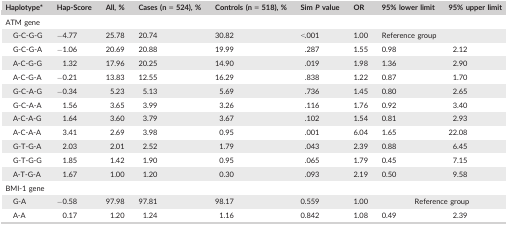
| Haplotypea | Hap‐Score | All, % | Cases (n = 524), % | Controls (n = 518), % | Sim P value | OR | 95% lower limit | 95% upper limit |
 | --- | --- | --- | --- | --- | --- | --- | --- | --- |
 | <COLSPAN=9> ATM gene |
 | G‐C‐G‐G | −4.77 | 25.78 | 20.74 | 30.82 | <.001 | 1.00 | <COLSPAN=2> Reference group |
 | G‐C‐G‐A | −1.06 | 20.69 | 20.88 | 19.99 | .287 | 1.55 | 0.98 | 2.12 |
 | A‐C‐G‐G | 1.32 | 17.96 | 20.25 | 14.90 | .019 | 1.98 | 1.36 | 2.90 |
 | A‐C‐G‐A | −0.21 | 13.83 | 12.55 | 16.29 | .838 | 1.22 | 0.87 | 1.70 |
 | G‐C‐A‐G | −0.34 | 5.23 | 5.13 | 5.69 | .736 | 1.45 | 0.80 | 2.65 |
 | G‐C‐A‐A | 1.56 | 3.65 | 3.99 | 3.26 | .116 | 1.76 | 0.92 | 3.40 |
 | A‐C‐A‐G | 1.64 | 3.60 | 3.79 | 3.67 | .102 | 1.54 | 0.81 | 2.93 |
 | A‐C‐A‐A | 3.41 | 2.69 | 3.98 | 0.95 | .001 | 6.04 | 1.65 | 22.08 |
 | G‐T‐G‐A | 2.03 | 2.01 | 2.52 | 1.79 | .043 | 2.39 | 0.88 | 6.45 |
 | G‐T‐G‐G | 1.85 | 1.42 | 1.90 | 0.95 | .065 | 1.79 | 0.45 | 7.15 |
 | A‐T‐G‐A | 1.67 | 1.00 | 1.20 | 0.30 | .093 | 2.19 | 0.50 | 9.58 |
 | <COLSPAN=9> BMI‐1 gene |
 | G‐A | −0.58 | 97.98 | 97.81 | 98.17 | 0.559 | 1.00 | <COLSPAN=2> Reference group |
 | A‐A | 0.17 | 1.20 | 1.24 | 1.16 | 0.842 | 1.08 | 0.49 | 2.39 |